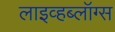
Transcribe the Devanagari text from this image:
लाइव्हब्लॉग्स